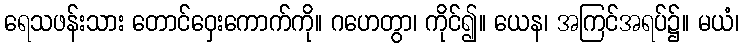
ရေသဖန်းသား တောင်ဝှေးကောက်ကို။ ဂဟေတွာ၊ ကိုင်၍။ ယေန၊ အကြင်အရပ်၌။ မယံ၊